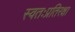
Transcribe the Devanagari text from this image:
स्वतःप्रतिरक्षा